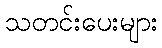
သတင်းပေးများ